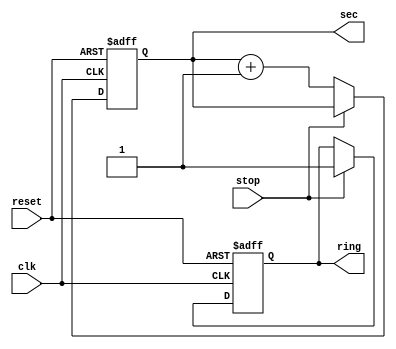
`timescale 1ns / 1ps

module stopwatch1(
input	clk,
input reset,
input stop,
output reg ring,
output reg [5:0] sec
	 );
	 
	 always @ (posedge clk or posedge reset)
	 
		 if (reset==1)
			begin
				sec<=5'b00000;
				ring<=0;
			end	
		 else
			 begin
					if( stop!=1 )
						begin
							sec<=sec+1;
						end
					else
						begin
							ring<=1;
						end
			end

endmodule